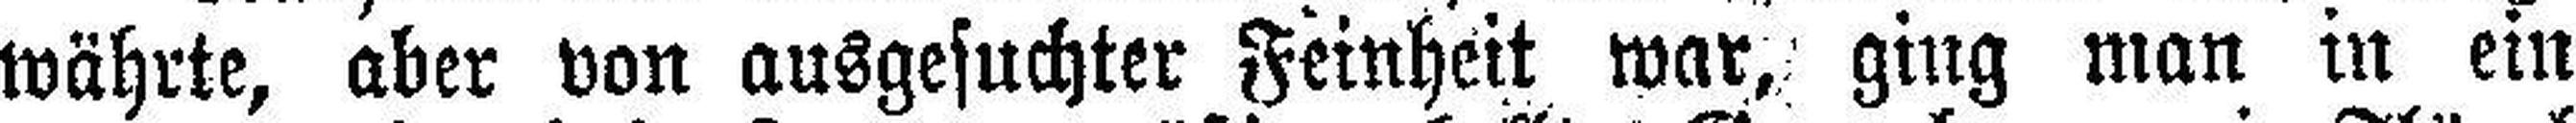
währte, aber von ausgesuchter Feinheit war, ging man in ein